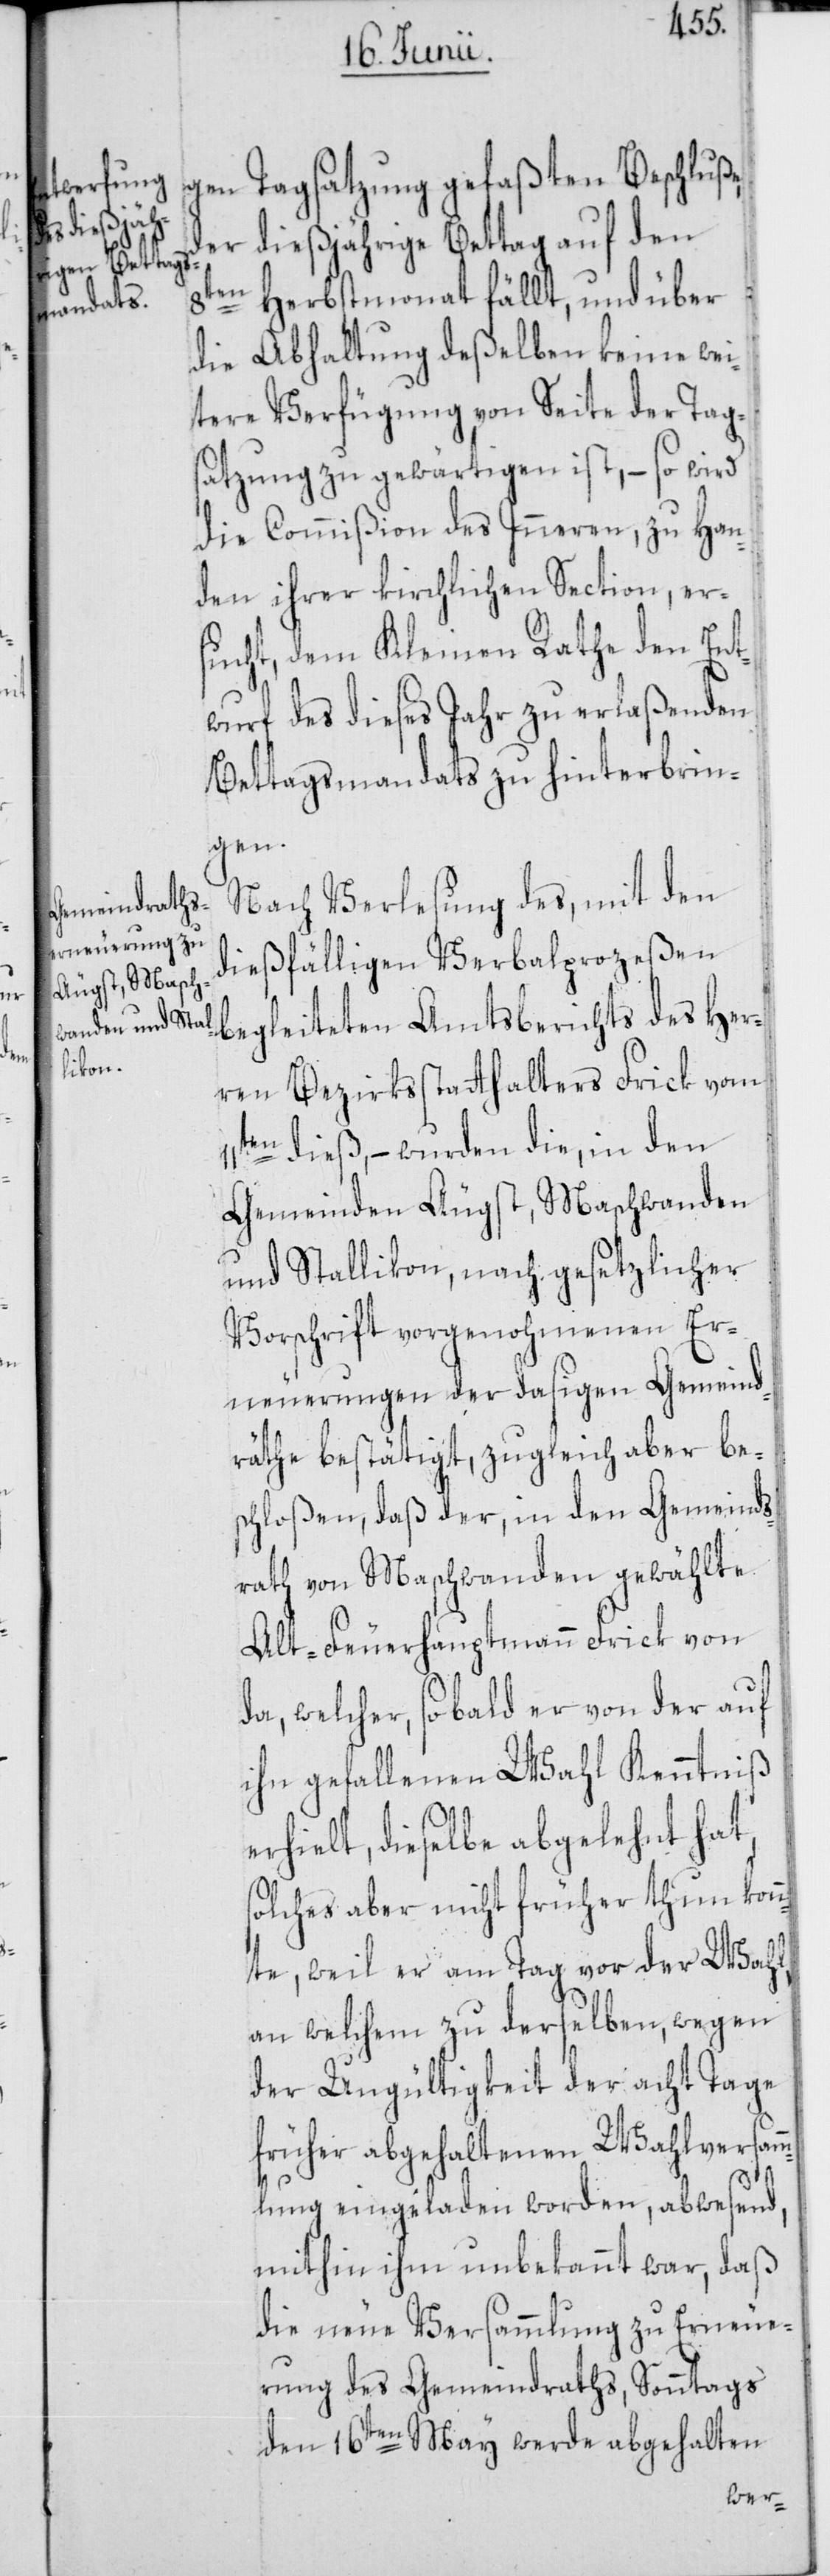
gen Tagsatzung gefaßten Beschluße,
der dießjährige Bettag auf den
8ten Herbstmonat fällt, und über
die Abhaltung deßelben keine wei¬
tere Verfügung von Seite der Tag¬
satzung zu gewärtigen ist, – so wird
die Commißion des Inneren, zu Han¬
den ihrer kirchlichen Section, er¬
sucht, dem Kleinen Rathe den Ent¬
wurf des dieses Jahr zu erlaßenden
Bettagsmandats zu hinterbrin¬
gen.
Nach Verlesung des, mit den
dießfälligen Verbalprozeßen
begleiteten Amtsberichts des Her¬
ren Bezirksstatthalters Frick vom
11ten dieß, – wurden die, in den
Gemeinden Äugst, Maschwanden
und Stallikon, nach gesetzlicher
Vorschrift vorgenohmenen Er¬
neuerungen der dasigen Gemeind¬
räthe bestätigt, zugleich aber be¬
schloßen, daß der, in den Gemeinds¬
rath von Maschwanden gewählte
Alt-Feuerhauptmann Frick von
da, welcher, sobald er von der auf
ihn gefallenen Wahl Kenntniß
erhielt, dieselbe abgelehnt hat,
solches aber nicht früher thun kon¬
nte, weil er am Tag vor der Wahl,
an welchem zu derselben, wegen
der Ungültigkeit der acht Tage
früher abgehaltenen Wahlversam¬
mlung eingeladen worden, abwesend,
mithin ihm unbekannt war, daß
die neue Versammlung zu Erneue¬
rung des Gemeindraths, Sonntags
den 16ten May werde abgehalten